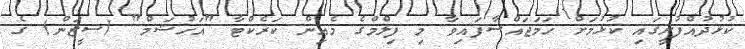
ކުޅުދުއްފުށީގައި ކުޅުމަށް ހަމަޖައްސާފައިވާ މި ފިލްމްގެ މެއިން ކަރެކްޓާ "އަހުޝަމް" (ސީޒަން) ގެ